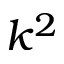
k ^ { 2 }